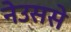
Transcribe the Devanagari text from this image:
नेउससे